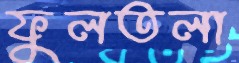
ফুলতলা